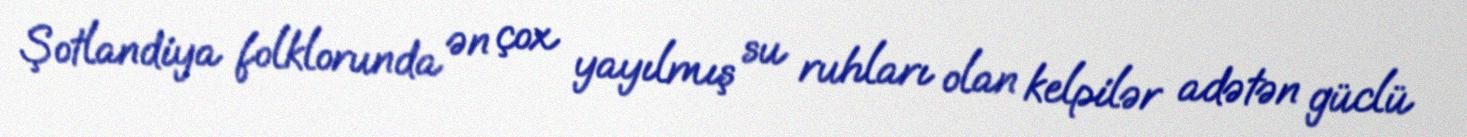
Şotlandiya folklorunda ən çox yayılmış su ruhları olan kelpilər adətən güclü